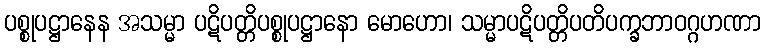
ပစ္စုပဋ္ဌာနေန အသမ္မာ ပဋိပတ္တိပစ္စုပဋ္ဌာနော မောဟော၊ သမ္မာပဋိပတ္တိပတိပက္ခဘာဝဂ္ဂဟဏာ